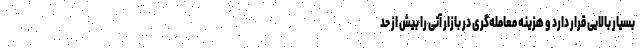
بسیار بالایی قرار دارد و هزینه معامله‌گری در بازار آتی را بیش از حد